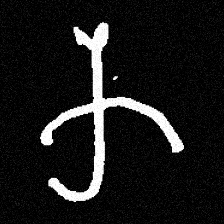
Pyu character \u2014 Myanmar letter: က (romanized: ka)